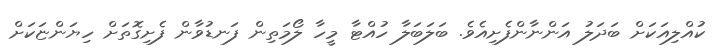
ކުއްލިއަކަށް ބަދަލު އަންނާންފެށިއެވެ. ބަލަބަލާ ހުއްޓާ މީހާ ލޯމަތިން ފަނޑުވާން ފެށިގޮތަށް ހިޔަންޏަކަށް